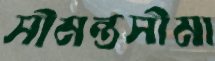
সীমন্তসীমা